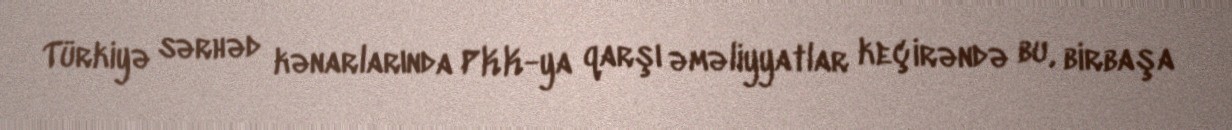
Türkiyə sərhəd kənarlarında PKK-ya qarşı əməliyyatlar keçirəndə bu, birbaşa